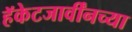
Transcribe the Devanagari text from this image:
हॅकेटजार्वींनच्या